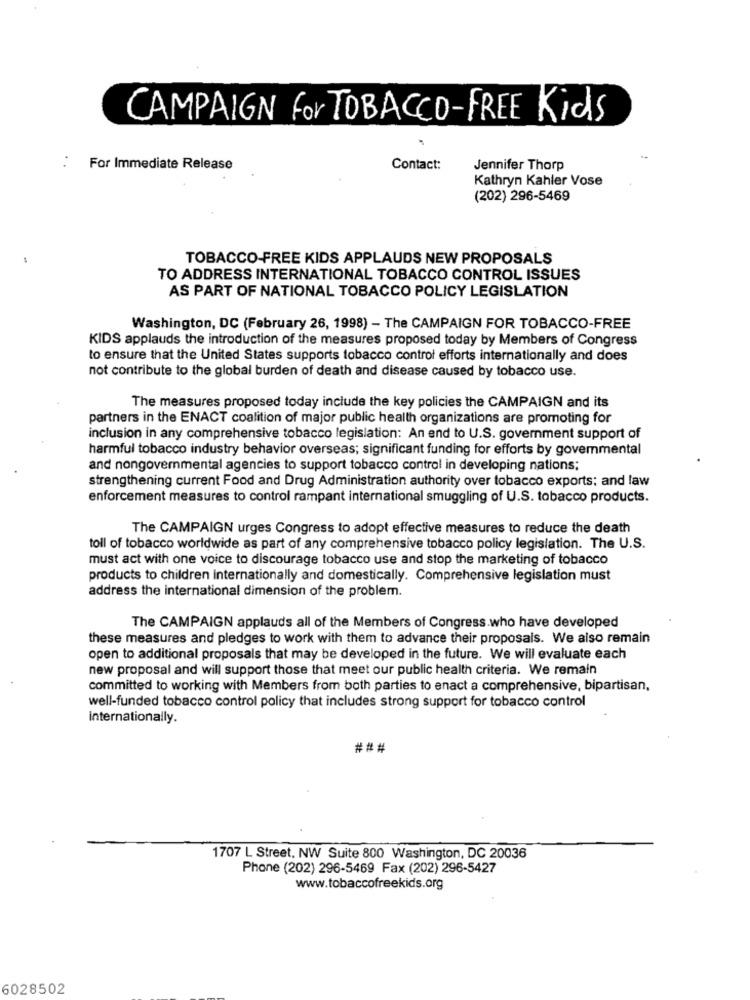
CAMPAIGN for TOBACCO-FREE Kids
For Immediate Release
Contact:
Jennifer Thorp
Kathryn Kahler Vose
(202) 296-5469
TOBACCO-FREE KIDS APPLAUDS NEW PROPOSALS
TO ADDRESS INTERNATIONAL TOBACCO CONTROL ISSUES
AS PART OF NATIONAL TOBACCO POLICY LEGISLATION
Washington, DC (February 26, 1998) - The CAMPAIGN FOR TOBACCO-FREE
KIDS applauds the introduction of the measures proposed today by Members of Congress
to ensure that the United States supports tobacco control efforts internationally and does
not contribute to the global burden of death and disease caused by tobacco use.
The measures proposed today include the key policies the CAMPAIGN and its
partners in the ENACT coalition of major public health organizations are promoting for
inclusion in any comprehensive tobacco legislation: An end to U.S. government support of
harmful tobacco industry behavior overseas; significant funding for efforts by govemmental
and nongovernmental agencies to support tobacco control in developing nations;
strengthening current Food and Drug Administration authority over tobacco exports; and law
enforcement measures to control rampant international smuggling of U.S. tobacco products.
The CAMPAIGN urges Congress to adopt effective measures to reduce the death
toll of tobacco worldwide as part of any comprehensive tobacco policy legislation. The U.S.
must act with one voice to discourage tobacco use and stop the marketing of tobacco
products to children internationally and domestically. Comprehensive legislation must
address the international dimension of the problem.
The CAMPAIGN applauds all of the Members of Congress.who have developed
these measures and pledges to work with them to advance their proposals. We also remain
open to additional proposals that may be developed in the future. We will evaluate each
new proposal and will support those that meet our public health criteria. We remain
committed to working with Members from both parties to enact a comprehensive, bipartisan,
well-funded tobacco control policy that includes strong support for tobacco control
internationally.
###
1707 L Street, NW Suite 800 Washington, DC 20036
Phone (202) 296-5469 Fax (202) 296-5427
www.tobaccofreekids.org
6028502